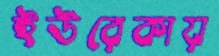
ইউরেকায়